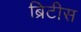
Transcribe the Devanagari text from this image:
ब्रिटीस